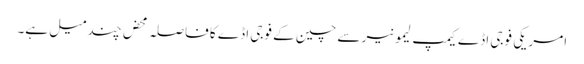
امریکی فوجی اڈے کیمپ لیمونیر سے چین کے فوجی اڈے کا فاصلہ محض چند میل ہے۔